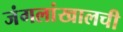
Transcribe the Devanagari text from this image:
जंगलांखालची